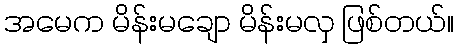
အမေက မိန်းမချော မိန်းမလှ ဖြစ်တယ်။